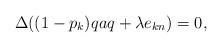
LaTeX: \begin{align*} \Delta((1-p_k)qaq + \lambda e_{kn})=0, \end{align*}